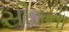
સીડના